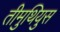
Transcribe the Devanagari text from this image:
तीमुथियुस